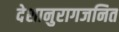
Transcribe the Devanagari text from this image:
देशानुरागजनित